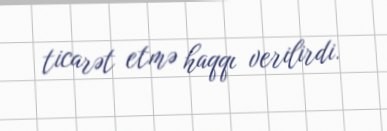
ticarət etmə haqqı verilirdi.